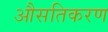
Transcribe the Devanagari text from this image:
औसतिकरण